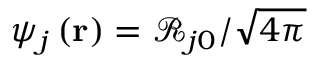
\psi _ { j } \left( \bf { r } \right) = \mathcal { R } _ { j 0 } / \sqrt { 4 \pi }